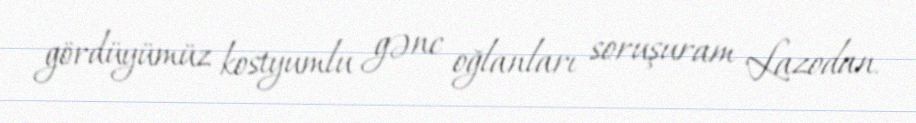
gördüyümüz kostyumlu gənc oğlanları soruşuram Lazodan.